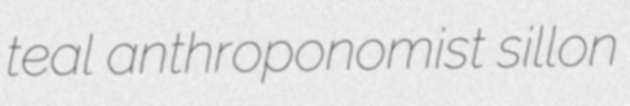
teal anthroponomist sillon